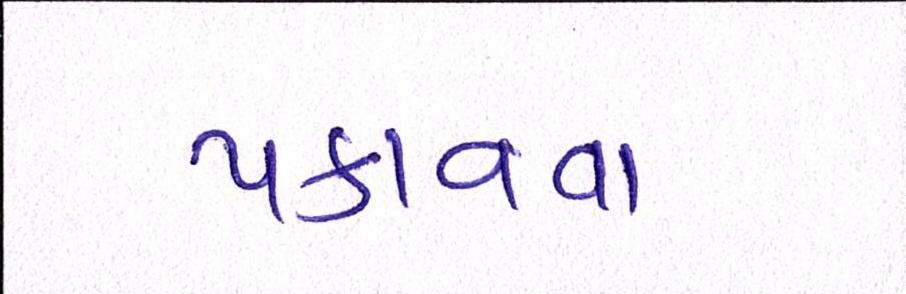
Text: પકાવવા